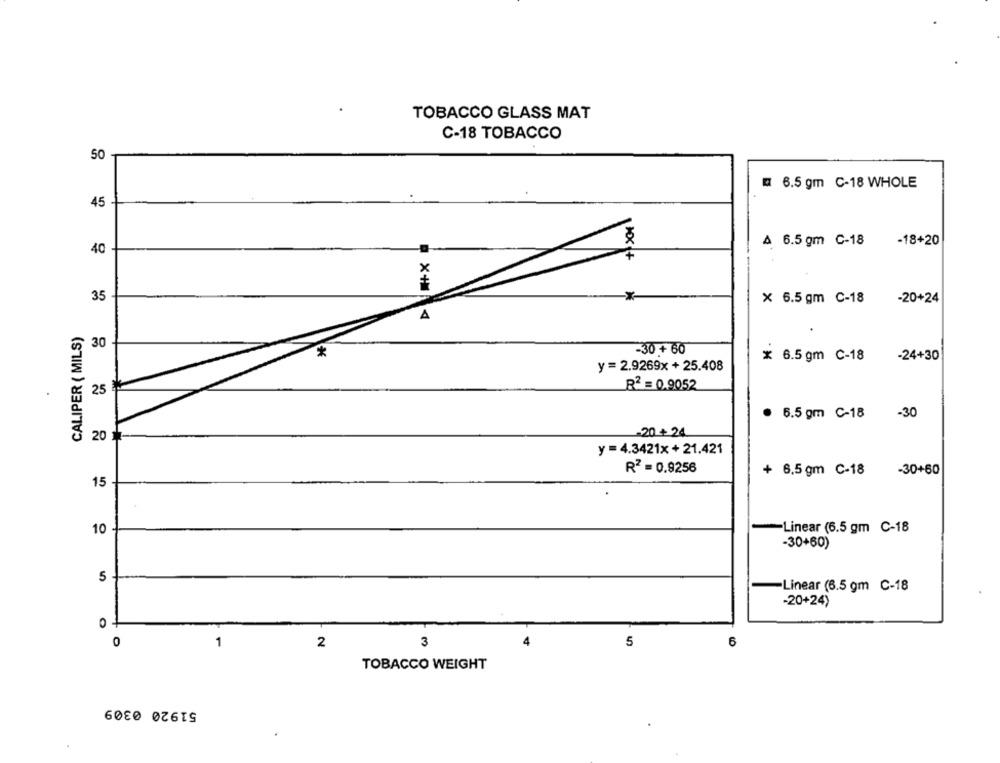
TOBACCO GLASS MAT
C-18 TOBACCO
50
6.5 gm C-18 WHOLE
45
A 6.5 gm C-18
-18+20
40
+
35
× 6.5 gm C-18
-20+24
A
CALIPER ( MILS)
30
-30 + 60
*
x 6.5 gm C-18
-24+30
y =2.9269x+25.408
25
R2 = 0.9052
6.5 gm C-18 -30
-20 + 24
20
y =4.3421x+21.421
R2 = 0.9256
+ 6.5 gm C-18
-30+60
15
10
-Linear (6.5 gm C-18
-30+60)
5
-Linear (6.5 gm C-18
-20+24)
+
3
4
5
6
1
2
TOBACCO WEIGHT
51920 0309